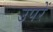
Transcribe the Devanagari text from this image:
उपरें